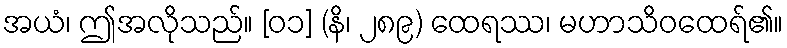
အယံ၊ ဤအလိုသည်။ [၀၁] (နိ၊ ၂၈၉) ထေရဿ၊ မဟာသိဝထေရ်၏။